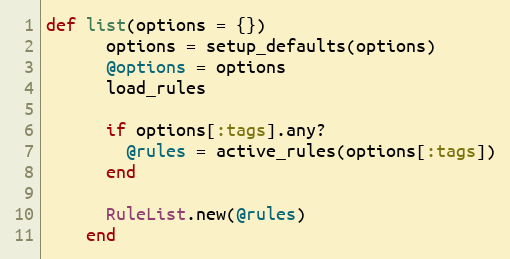
Language: Ruby
def list(options = {})
      options = setup_defaults(options)
      @options = options
      load_rules

      if options[:tags].any?
        @rules = active_rules(options[:tags])
      end

      RuleList.new(@rules)
    end